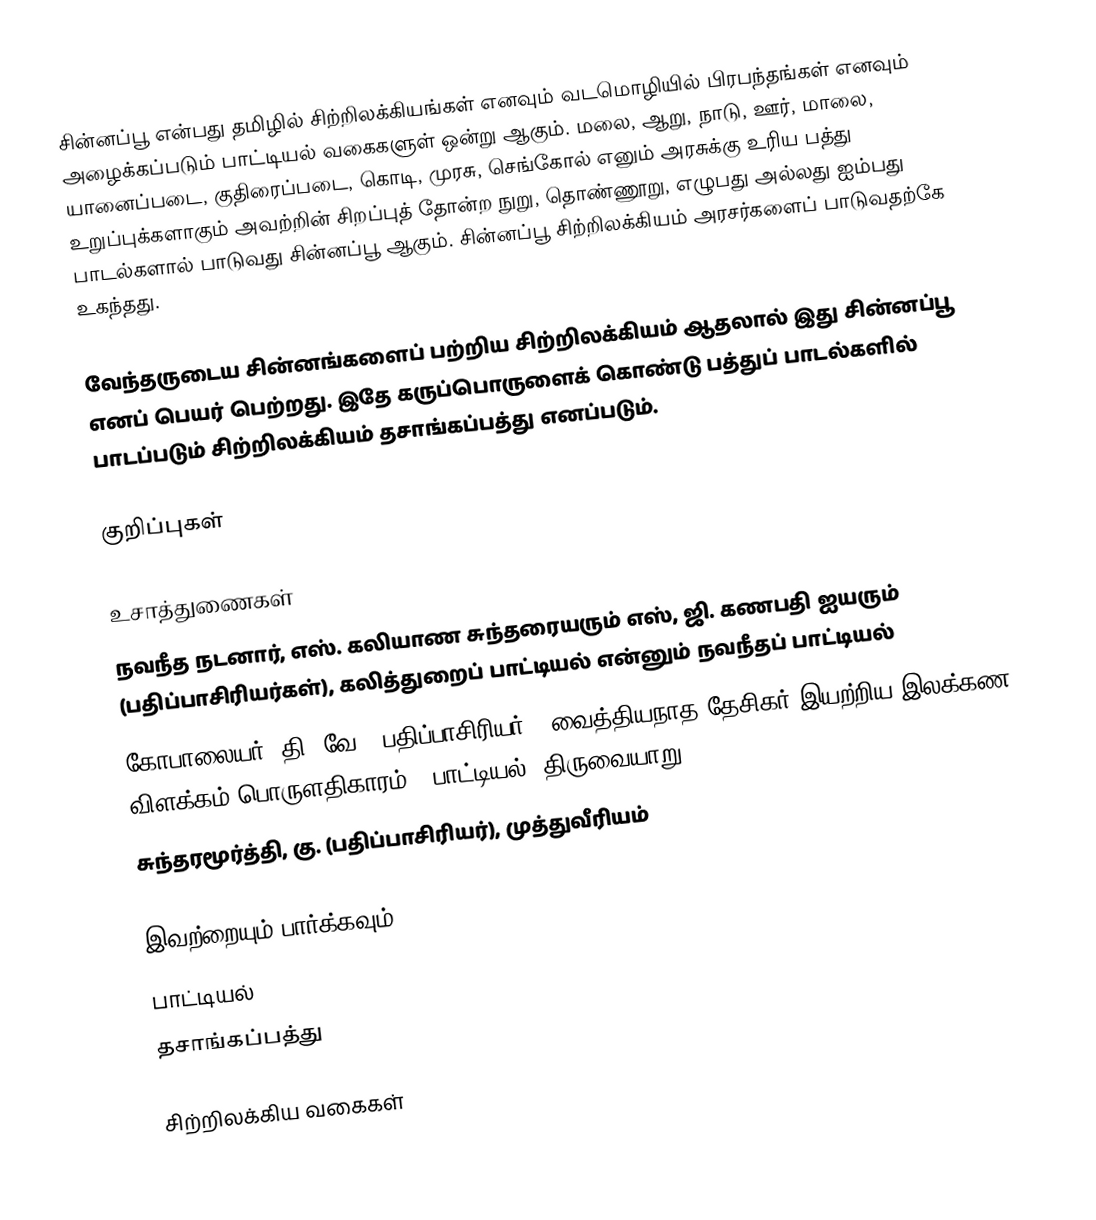
சின்னப்பூ என்பது தமிழில் சிற்றிலக்கியங்கள் எனவும் வடமொழியில் பிரபந்தங்கள் எனவும் அழைக்கப்படும் பாட்டியல் வகைகளுள் ஒன்று ஆகும். மலை, ஆறு, நாடு, ஊர், மாலை, யானைப்படை, குதிரைப்படை, கொடி, முரசு, செங்கோல் எனும் அரசுக்கு உரிய பத்து உறுப்புக்களாகும் அவற்றின் சிறப்புத் தோன்ற நுறு, தொண்ணூறு, எழுபது அல்லது ஐம்பது பாடல்களால் பாடுவது சின்னப்பூ ஆகும். சின்னப்பூ சிற்றிலக்கியம் அரசர்களைப் பாடுவதற்கே உகந்தது.

வேந்தருடைய சின்னங்களைப் பற்றிய சிற்றிலக்கியம் ஆதலால் இது சின்னப்பூ எனப் பெயர் பெற்றது. இதே கருப்பொருளைக் கொண்டு பத்துப் பாடல்களில் பாடப்படும் சிற்றிலக்கியம் தசாங்கப்பத்து எனப்படும்.

குறிப்புகள்

உசாத்துணைகள்
 நவநீத நடனார், எஸ். கலியாண சுந்தரையரும் எஸ், ஜி. கணபதி ஐயரும் (பதிப்பாசிரியர்கள்), கலித்துறைப் பாட்டியல் என்னும் நவநீதப் பாட்டியல்
 கோபாலையர், தி. வே. (பதிப்பாசிரியர்), வைத்தியநாத தேசிகர் இயற்றிய இலக்கண விளக்கம் பொருளதிகாரம் - பாட்டியல், திருவையாறு.
 சுந்தரமூர்த்தி, கு. (பதிப்பாசிரியர்), முத்துவீரியம்

இவற்றையும் பார்க்கவும்
 பாட்டியல்
 தசாங்கப்பத்து

சிற்றிலக்கிய வகைகள்